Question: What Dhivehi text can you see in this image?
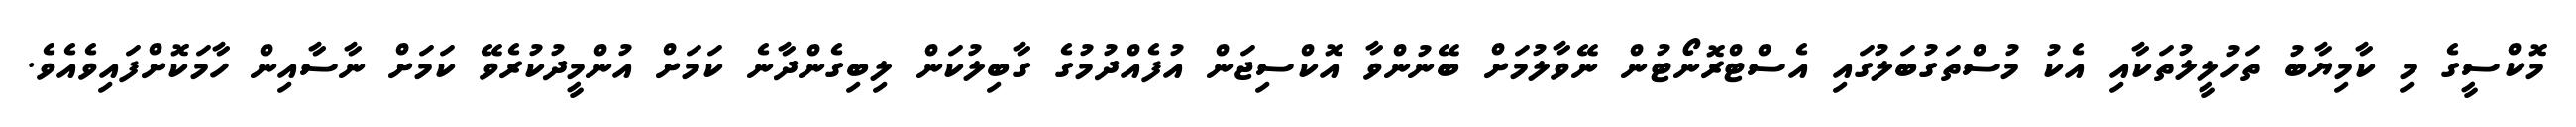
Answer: މޮކްސީގެ މި ކާމިޔާބު ތަހުލީލުތަކާއި އެކު މުސްތަގުބަލުގައި އެސްޓްރޮނޯޓުން ނޭވާލުމަށް ބޭނުންވާ އޮކްސިޖަން އުފެއްދުމުގެ ގާބިލުކަން ލިބިގެންދާނެ ކަމަށް އުންމީދުކުރެވޭ ކަމަށް ނާސާއިން ހާމަކޮށްފައިވެއެވެ.